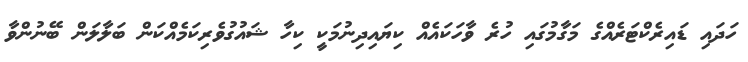
ހަދައި ޑައިރެކްޓަރެއްގެ މަގާމުގައި ހުރެ ވާހަކައެއް ކިޔައިދިނުމަކީ ކިހާ ޝައުގުވެރިކަމެއްކަން ބަލާލަން ބޭނުންވާ